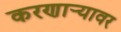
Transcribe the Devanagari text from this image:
करणार्‍यावर